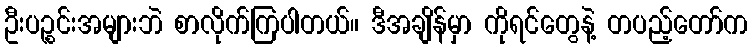
ဦးပဉ္စင်းအများဘဲ စာလိုက်ကြပါတယ်။ ဒီအချိန်မှာ ကိုရင်တွေနဲ့ တပည့်တော်က